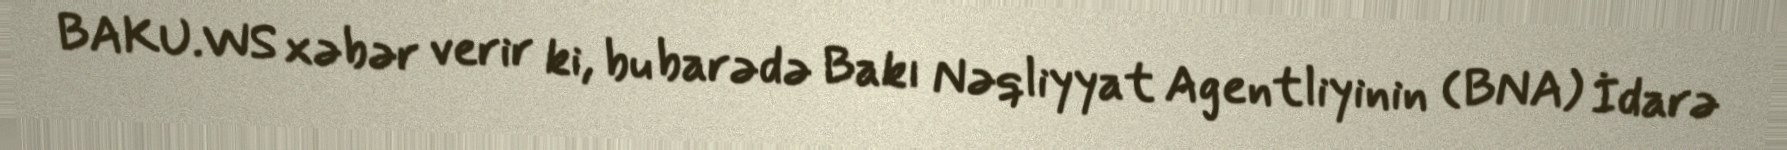
BAKU.WS xəbər verir ki, bu barədə Bakı Nəqliyyat Agentliyinin (BNA) İdarə